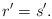
LaTeX: \begin{align*}r'=s'. \end{align*}